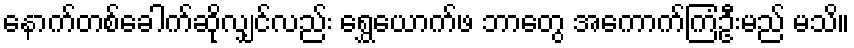
နောက်တစ်ခေါက်ဆိုလျှင်လည်း ရွှေယောက်ဖ ဘာတွေ အကောက်ကြံဦးမည် မသိ။